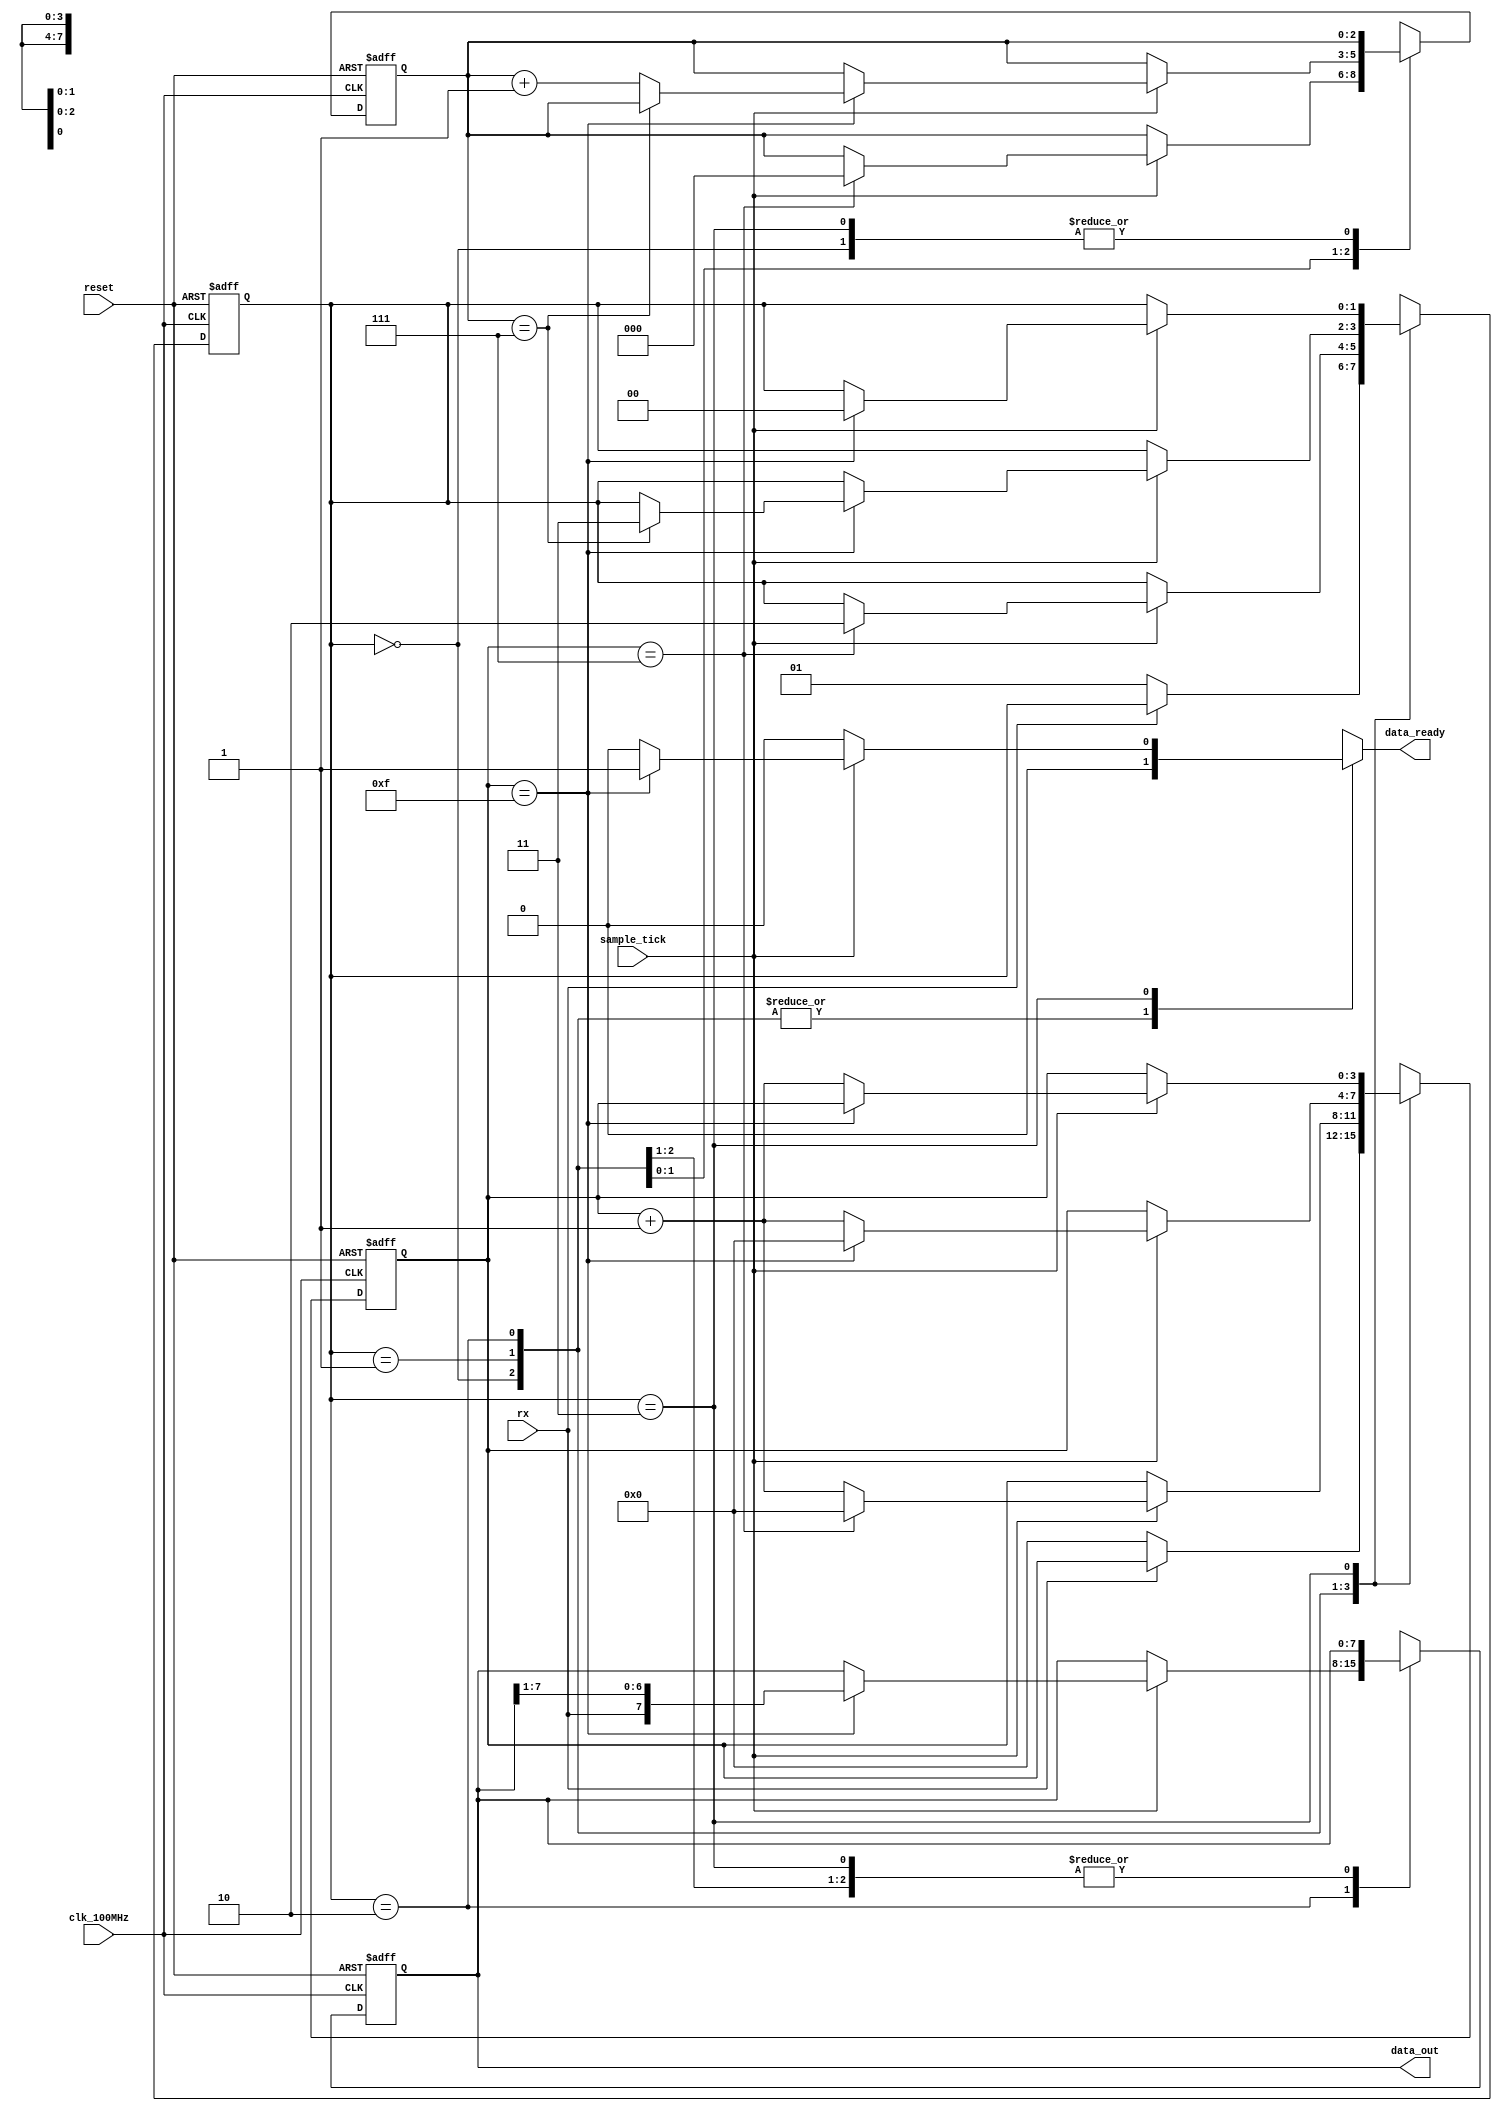
`timescale 1ns / 1ps
//////////////////////////////////////////////////////////////////////////////////
// Company: 
// Engineer: 
// 
// Design Name: 
// Module Name: Uart_receiver
// Project Name: 
// Target Devices: 
// Tool Versions: 
// Description: 
// 
// Dependencies: 
// 
// Revision:
// Revision 0.01 - File Created
// Additional Comments:
// 
//////////////////////////////////////////////////////////////////////////////////

//////////////////////////////////////////////////////////////////////////////////
// Reference Book: FPGA Prototyping By Verilog Examples Xilinx Spartan-3 Version
// Authored by: Dr. Pong P. Chu
// Published by: Wiley
//
// Adapted for the Basys 3 Artix-7 FPGA by David J. Marion
//
// UART Receiver for the UART System
//
// Comments:
// - Many of the variable names have been changed for clarity
//////////////////////////////////////////////////////////////////////////////////

module uart_receiver
    #(
        parameter   DBITS = 8,          // number of data bits in a data word
                    SB_TICK = 16        // number of stop bit / oversampling ticks (1 stop bit)// for one and half stop bits set sample bit == 24, for two stop bits set it to 32
    )
    (
        input clk_100MHz,               // basys 3 FPGA
        input reset,                    // reset
        input rx,                       // receiver data line
        input sample_tick,              // sample tick from baud rate generator
        output reg data_ready,          // signal when new data word is complete (received)
        output [DBITS-1:0] data_out     // data to FIFO
    );
    
    // State Machine States
    localparam [1:0] idle  = 2'b00,
                     start = 2'b01,
                     data  = 2'b10,
                     stop  = 2'b11;
    
    // Registers                 
    reg [1:0] state, next_state;        // state registers
    reg [3:0] tick_reg, tick_next;      // number of ticks received from baud rate generator
    reg [2:0] nbits_reg, nbits_next;    // number of bits received in data state
    reg [7:0] data_reg, data_next;      // reassembled data word
    
    // Register Logic
    always @(posedge clk_100MHz, posedge reset)
        if(reset) begin
            state <= idle;
            tick_reg <= 0;
            nbits_reg <= 0;
            data_reg <= 0;
        end
        else begin
            state <= next_state;
            tick_reg <= tick_next;
            nbits_reg <= nbits_next;
            data_reg <= data_next;
        end        

    // State Machine Logic
    always @* begin
        next_state = state;
        data_ready = 1'b0;
        tick_next = tick_reg;
        nbits_next = nbits_reg;
        data_next = data_reg;
        
        case(state)
            idle:
                if(~rx) begin               // when data line goes LOW (start condition)
                    next_state = start;
                    tick_next = 0;
                end
            start:
                if(sample_tick)
                    if(tick_reg == 7) begin
                        next_state = data;
                        tick_next = 0;
                        nbits_next = 0;
                    end
                    else
                        tick_next = tick_reg + 1;
            data:
                if(sample_tick)
                    if(tick_reg == 15) begin
                        tick_next = 0;
                        data_next = {rx, data_reg[7:1]};
                        if(nbits_reg == (DBITS-1))
                            next_state = stop;
                        else
                            nbits_next = nbits_reg + 1;
                    end
                    else
                        tick_next = tick_reg + 1;
            stop:
                if(sample_tick)
                    if(tick_reg == (SB_TICK-1)) begin
                        next_state = idle;
                        data_ready = 1'b1;
                    end
                    else
                        tick_next = tick_reg + 1;
        endcase                    
    end
    
    // Output Logic
    assign data_out = data_reg;

endmodule